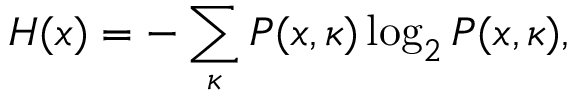
H ( x ) = - \sum _ { \kappa } P ( x , \kappa ) \log _ { 2 } P ( x , \kappa ) ,